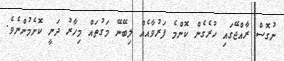
ނުގޮސް ރާއްޖޭގައި ހުރެގެން ކޮންމެ ފަރުވާއެއް ލިބޭނޭ މަގުތައް މިހާރު ދަނީ ކޮށެމުންނެވެ.